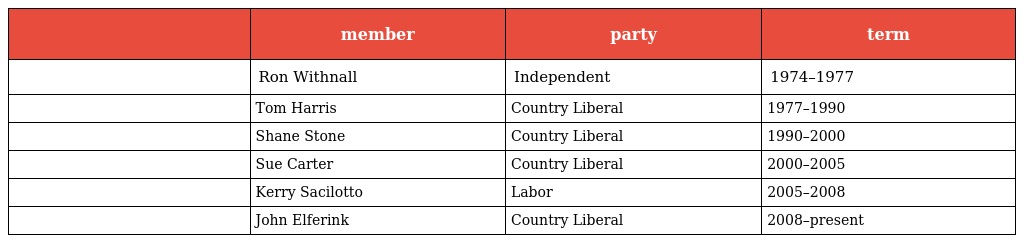
|  | member | party | term |
 | --- | --- | --- | --- |
 |  | Ron Withnall | Independent | 1974–1977 |
 |  | Tom Harris | Country Liberal | 1977–1990 |
 |  | Shane Stone | Country Liberal | 1990–2000 |
 |  | Sue Carter | Country Liberal | 2000–2005 |
 |  | Kerry Sacilotto | Labor | 2005–2008 |
 |  | John Elferink | Country Liberal | 2008–present |